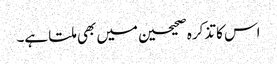
اس کا تذکرہ صحیحین میں بھی ملتا ہے۔